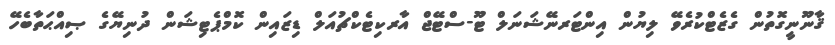
ޤާނޫނީގޮތުން ގެޒެޓްކުރެވޭ ލިޔުން އިންޓަރނޭޝަނަލް ޓޫ-ސްޓޭޖް އާރކިޓެކްޗުއަލް ޑިޒައިން ކޮމްޕެޓިޝަން ދުނިޔޭގެ ޞިއްޙަތާބެހޭ